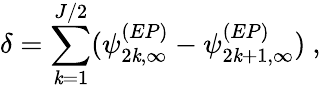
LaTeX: \delta=\sum_{\mathit{k}=1}^{J/2}(\psi_{2\mathit{k},\infty}^{(EP)}-\psi_{2\mathit{k}+1,\infty}^{(EP)})~,